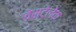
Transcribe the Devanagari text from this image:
वेस्टेलेक